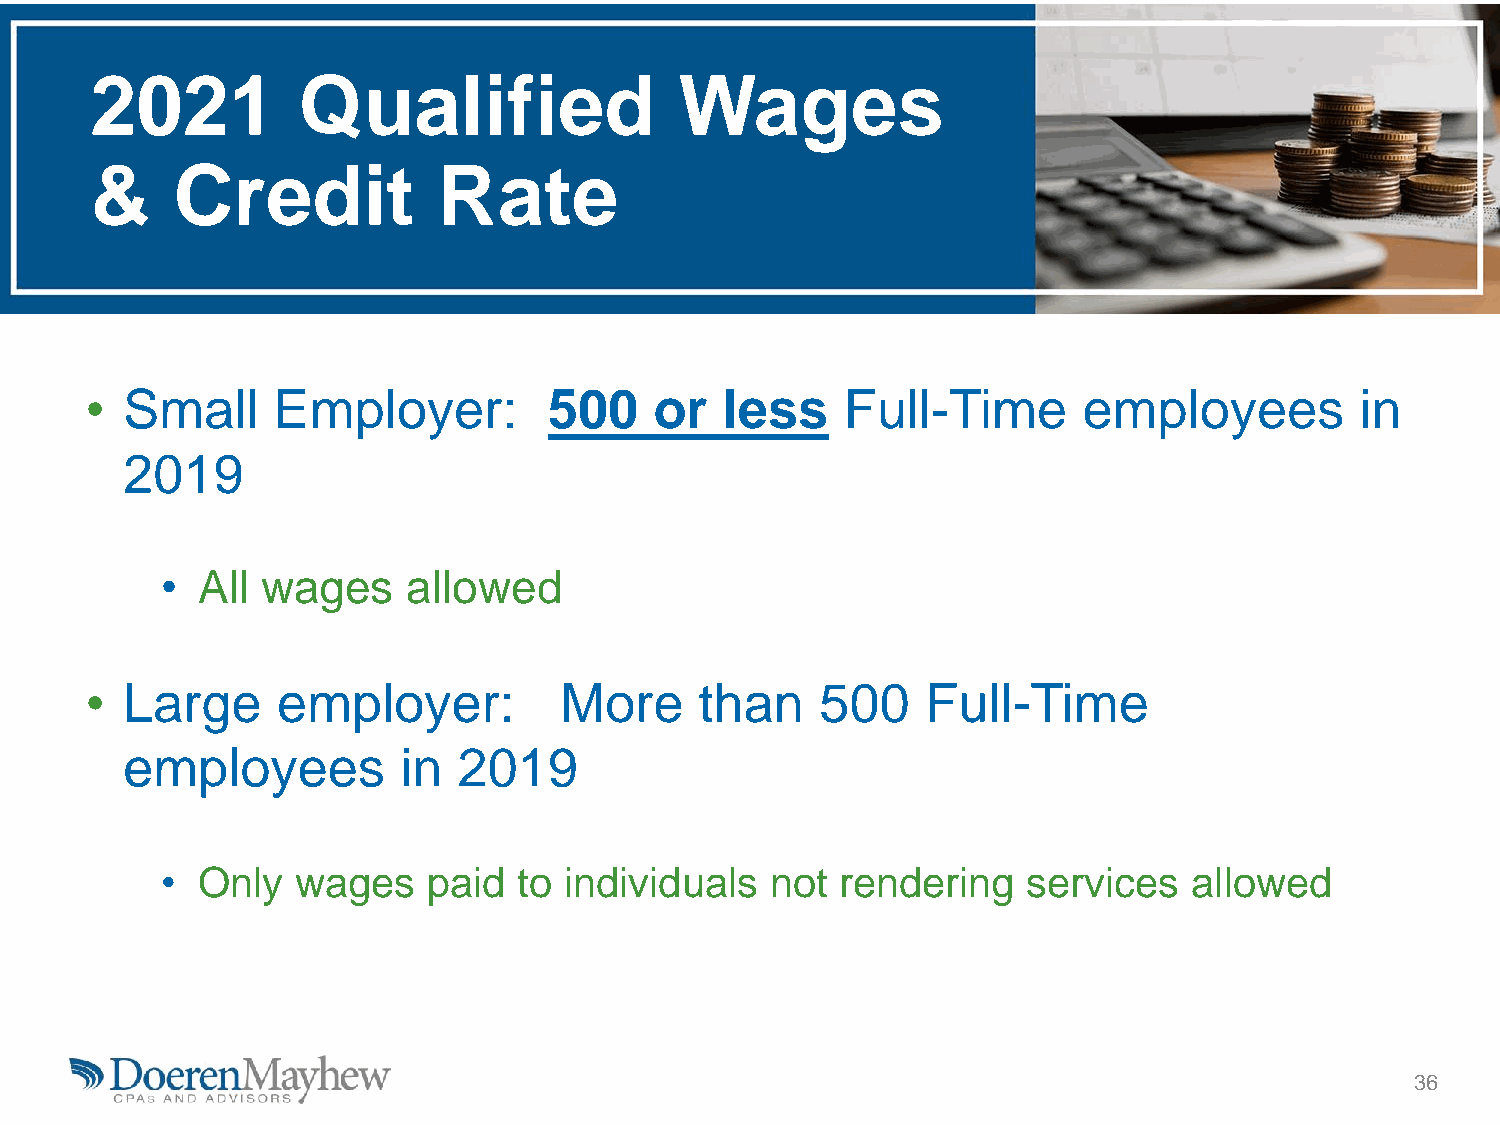
2021          Qualified                Wages
 &    Credit            Rate
 • Small     Employer:         500    or   less    Full-Time       employees         in
 2019
 • All wages     allowed
 • Large     employer:          More     than    500    Full-Time
 employees          in 2019
 • Only   wages   paid  to individuals   not  rendering   services   allowed
 36